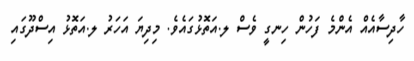
ހާދިސާއެއް އެންމެ ފަހުން ހިނގީ ވެސް ލ.އަތޮޅުގައެވެ. މިދިޔަ އަހަރު ލ.އަތޮޅު އިސްދޫގައި